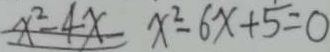
x ^ { 2 } - 4 x - x ^ { 2 } - 6 x + 5 = 0